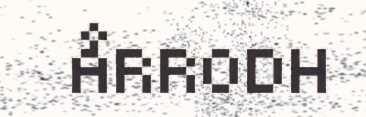
ÅRRODH